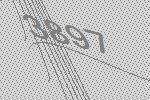
3897